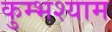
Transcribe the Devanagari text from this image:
कुम्भश्याम